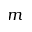
m